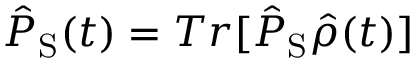
\hat { P } _ { \mathrm { S } } ( t ) = T r [ \hat { P } _ { \mathrm { S } } \hat { \rho } ( t ) ]